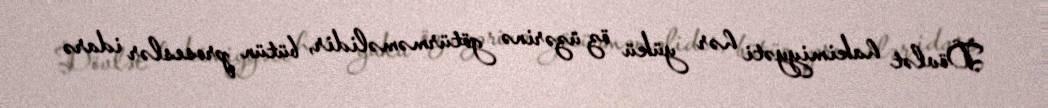
Dövlət hakimiyyəti hər yükü öz üzərinə götürməməlidir, bütün proseslər idarə